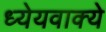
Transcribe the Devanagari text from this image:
ध्येयवाक्ये